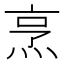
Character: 烹